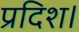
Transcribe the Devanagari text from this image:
प्रदिश।